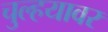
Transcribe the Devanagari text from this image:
चुल्हयावर